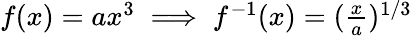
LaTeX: \begin{array}{r}{f(x)=ax^{3}\implies f^{-1}(x)=(\frac{x}{a})^{1/3}}\end{array}